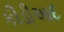
કીડીઆદ